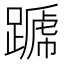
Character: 𨄪